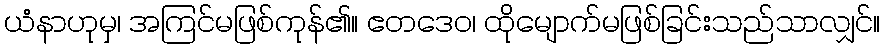
ယံနာဟုမှ၊ အကြင်မဖြစ်ကုန်၏။ ဧတဒေဝ၊ ထိုမျောက်မဖြစ်ခြင်းသည်သာလျှင်။